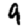
Digit: 9